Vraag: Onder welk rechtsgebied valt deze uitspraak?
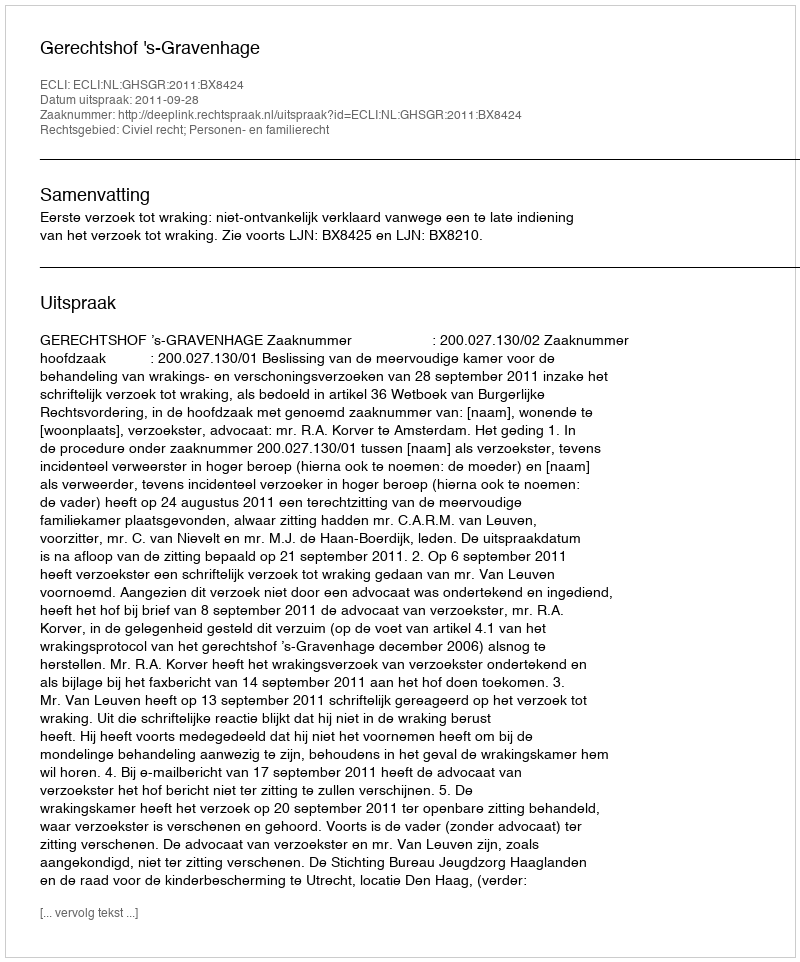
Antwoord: Civiel recht; Personen- en familierecht